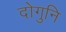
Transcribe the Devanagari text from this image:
दोगुनि